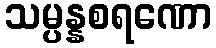
သမ္ပန္နစရဏော